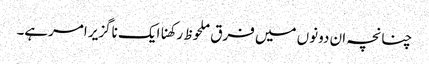
چنانچہ ان دونوں میں فرق ملحوظ رکھناایک ناگزیر امرہے۔